Report on vaccination in the Province of Bengal - 1869-1873
Year: 1869
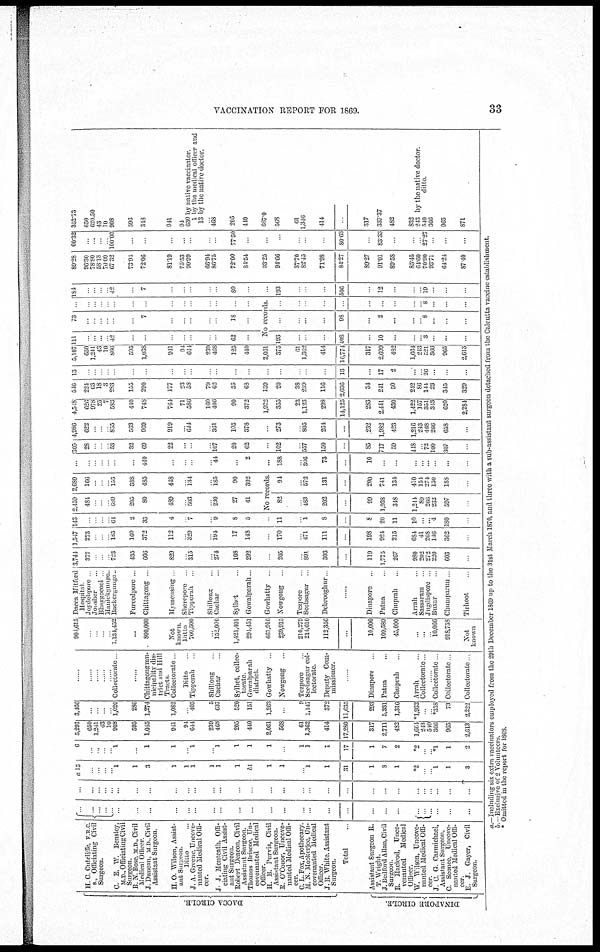
VACCINATION REPORT FOR 1869.
33
DACCA CI RCLE.
DINAPORE CIRCLE.
H. C Cuteliffe, F R C.
S., Officiating Civil
Surgeon.
C. E. W. Bensley,
M.D., Officiating Civil
Surgeon.
B. N Bose, M.D, Civil
Medical Officer.
J.Duncan, MD,Civil
Assistant Surgeon.
H. O. Wilson, Assist-
ant Surgeon.
Ditto ...
J. A. Greene,Uncove-
nanted Medical Offi-
cer.
J. J. Monteath, Offi-
ciating Civil Assist-
ant Surgeon.
Robert Deacon, Civil
Assistant Surgeon.
Thomas Briscoe, Un-
covenanted Medical
Officer.
H. B. Purvis, Civil
Assistant Surgeon.
R. O'Conor, Uncove-
nanted Medical Offi-
cer.
C. L. Fox, Apothecary.
M. N. Mookerjee, Un-
covenanted Medical
Officer.
J.B. White, Assistant
Surgeon.
Total ...
Assistant Surgeon R.
T. Wright.
J. Bedford Allan, Civil
Surgeon.
R. Macleod, Unco-
venanted
Medical
Officer.
W. Wilson, Uncove-
nanted Medical Offi-
cer.
J. C. G. Carmichael,
Assistant Surgeon.
C. Sconce, Uncove-
nanted Medical Offi-
cer.
E. J. Gayer, Civil
Surgeon.
...
... ...
...
...
...
...
...
...
...
...
...
...
...
...
...
...
... ...
...
...
...
...
...
...
... ...
...
...
...
...
...
...
...
...
...
...
...
...
...
...
...
...
...
...
...
..
...
...
...
...
...
...
...
...
...
...
...
...
...
a 15
...
...
...
...
1
1
3
1
1
1
1
1
1
b1
1
1
... 1
1
31
1
8
1
*2
...
... 1
1
3
6
...
...
...
... 1
...
1
1
... 1
... 1
1
1
1
...
1
1
1
17
1
7
2
*2
*1
1
2
5,291
650
1,241
43
10
908
595
1,045
941
94
644
239
468
205
440
2,061
568
61
1,362
414
17,280
317
2,711
482
l,661
243
540
366
965
2,613
3,466
...
...
...
... 1,020
286
1,274
1,082
... 403
5
637
520
151
1,263
...
9
1,147
372
11,635
293
5,331
1,316
*1,932
...
... *358
73
2,222
......
......
......
......
...... Collectorate
......
Chittagongmu-
nicipality dis-
trict and Hill
Tracts
Collectorate ...
Ditto ...
Tipperah
Shillong
Cachar
Sylhet, collec-
torate
Gowalparah
district.
Gowhatty
Nowgong
Tezpore
Seebsagar col-
lectorate.
Deputy Com-
missioner.
......
Dinapore ...
Patna ...
Chuprah ...
Arrah ...
Collectorate ...
......
Collectorate ...
Collectorate ...
Collectorate ...
904,615
1,134,432
...
800,000
Not
known
Ditto
700,300
152,000
1,421,401
294,4151
461,910
239,915
210,279
214,610
112,356
...
10,000
109,589
45,000
...
...
... 10,066
918,758
Not
known
Dacca Mitford
Hospital.
Joydebpore ...
Jonsher ...
Bhaggocool ...
Mamekgunge..
Backergunge..
Fureedpore ...
Chittagong ...
Memensing ...
Sherepore ...
Tipperah ...
Shillong ...
Cachar ...
Sylhet ...
Gowalparah ...
Gowhatty ...
Nowgong ...
Tezpore ...
Seebsagur ...
Debrooghur ...
......
Dinapore
...
Patna ...
Chuprah ...
Arrah ...
Sassaram ...
Jugdispore ...
Buxar ...
Chumparun ...
Tuhoot ...
3,744
377
...
...
... 723
435
666
829
... 315
... 274
108
292
...
205
... 891
303
...
119
1,773
267
980
202
272
220
603
...
1,547
273
...
...
... 185
160
372
112
... 329
... 194
17
148
...
170
... 471
111
...
198
924
215
684
41
268
146
362
...
143
...
...
...
... 64
2
33
4
... 7
... 9
8
5
...
11
...
1
8
...
8
20
11
10
...
... 4
180
...
2,159
484
...
...
... 689
205
80
489
... 503
... 230
27
41
2,689
166
...
...
... 155
388
485
448
... 134
... 185
90
392
No records
82
... 483
202
...
99
1,938
348
1,214
89
266
232
597
...
94
... 572
131
...
200
741
134
410
154
274
130
188
...
...
...
...
...
...
...
...
440
...
...
...
... 44
2
...
188
... 306
73
...
10
...
...
...
...
...
...
...
...
305
28
...
...
... 53
32
69
22
...
...
... 107
20
62
...
102
... 557
150
...
85
717
59
418
... 72
100
307
...
4,986
622
...
...
... 855
563
969
919
... 614
... 361
105
378
...
273
... 805
264
...
232
1,982
423
1,216
243
468
266
658
...
4,548
626
978
25
7
583
440
748
764
71
586
160
406
90
372
1,922
355
23
1,123
298
14,125
283
2,441
430
1,422
157
351
313
620
2,284
516
224
63
18
3
283
155
290
177
23
58
79
62
35
63
139
20
38
239
116
2,636
34
211
50
242
86
144
23
345
329
13
...
...
...
...
...
...
...
...
...
...
...
...
...
...
...
...
...
...
...
13
...
17
2
...
... 26
...
...
...
5,107
650
1,241
43
10
866
595
1,038
941
94
644
239
468
125
440
2,061
375
61
1,362
414
16,771
317
2,699
482
1,664
243
521
366
965
2,613
111
...
...
...
... 42
...
...
...
...
...
...
...
62
...
73
...
...
...
...
...
...
7
...
...
...
...
...
18
...
...
...
...
...
...
...
...
...
...
...
...
...
...
...
...
No records.
193
...
...
...
408
...
10
...
...
... 3
...
...
...
...
... ...
...
98
...
2
...
...
... 8
...
...
...
...
...
...
...
...
...
...
...
...
... 8
...
...
...
184
...
...
...
... 42
...
7
...
...
...
...
...
80
...
...
193
...
...
...
506
...
12
...
...
... 19
...
...
...
89.28
96.30
78.80
58.13
70.00
67.32
73.91
72.06
81.19
75.53
90.99
66.94
86.73
72.00
84.54
93.25
94.66
37.70
82.45
71.98
81.27
89.27
91.01
89.58
85.45
64.60
70.90
93.71
64.21
87.40
60.32
...
...
...
... 100.00
...
...
...
...
...
...
...
77.50
...
...
...
...
...
...
80.63
...
83.33
...
...
... 27.27
...
...
...
352.73
650
620.50
43
10
908
596
348
941
94
630 by native vaccinator
1 by the medical officer and
13 by the native doctor.
... 468
205
440
687 0
568
61
1,346
414
...
317
337.37
482
832
243 by the native doctor.
540
ditto.
366
965
871
a.—Including six extra vaccinators employed from the 29th December 1869 up to the 31st March 1870, and three with a sub-assistant surgeon detached from the Calcutta vaccine establishment.
b.—Exclusive of 2 Volunteers.
* Omitted in the report for 1863.